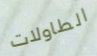
الطاولات